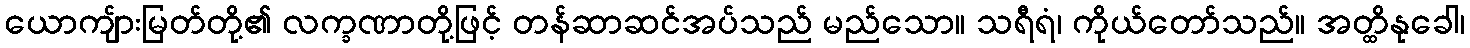
ယောကျ်ားမြတ်တို့၏ လက္ခဏာတို့ဖြင့် တန်ဆာဆင်အပ်သည် မည်သော။ သရီရံ၊ ကိုယ်တော်သည်။ အတ္ထိနုခေါ၊